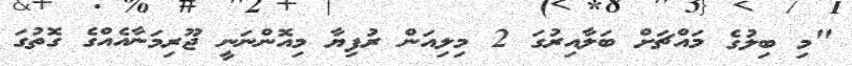
"މި ބިލުގެ މައްޗަށް ބަލާއިރުގަ 2 މިލިއަން ރުފިޔާ މިއޮންނަނީ ޖޫރިމަނާއެއްގެ ގޮތުގަ